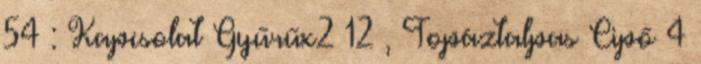
54 : Kapcsolat Gyűrűx2 12 , Topáztalpas Cipő 4